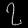
Digit: ၇